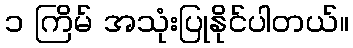
၁ ကြိမ် အသုံးပြုနိုင်ပါတယ်။